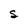
Character: S